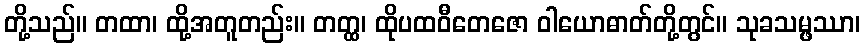
တို့သည်။ တထာ၊ ထို့အတူတည်း။ တတ္ထ၊ ထိုပထဝီတေဇော ဝါယောဓာတ်တို့တွင်။ သုခသမ္ဖဿာ၊